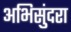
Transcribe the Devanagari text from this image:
अभिसुंदरा